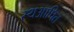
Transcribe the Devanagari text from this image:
स्थआपित